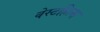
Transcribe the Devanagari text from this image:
वेस्टहिल्स